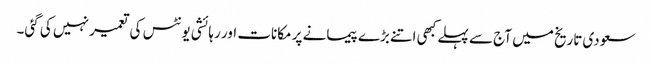
سعودی تاریخ میں آج سے پہلے کبھی اتنے بڑے پیمانے پر مکانات اور رہائشی یونٹس کی تعمیر نہیں کی گئی۔